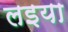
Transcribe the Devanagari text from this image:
लइया